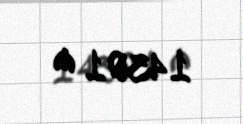
14301 ₼